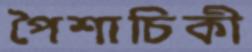
পৈশাচিকী